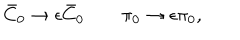
LaTeX: \bar { C } _ { 0 } \to \epsilon \bar { C } _ { 0 } \qquad \pi _ { 0 } \to \epsilon \pi _ { 0 } ,